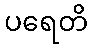
ပရေတိ